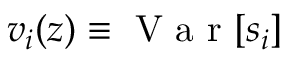
v _ { i } ( z ) \equiv \textrm { V a r } [ s _ { i } ]